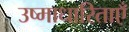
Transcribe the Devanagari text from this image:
उष्माधारिताएँ